Vaccination in the Punjab 1867-1880 - 1867-1880
Year: 1867
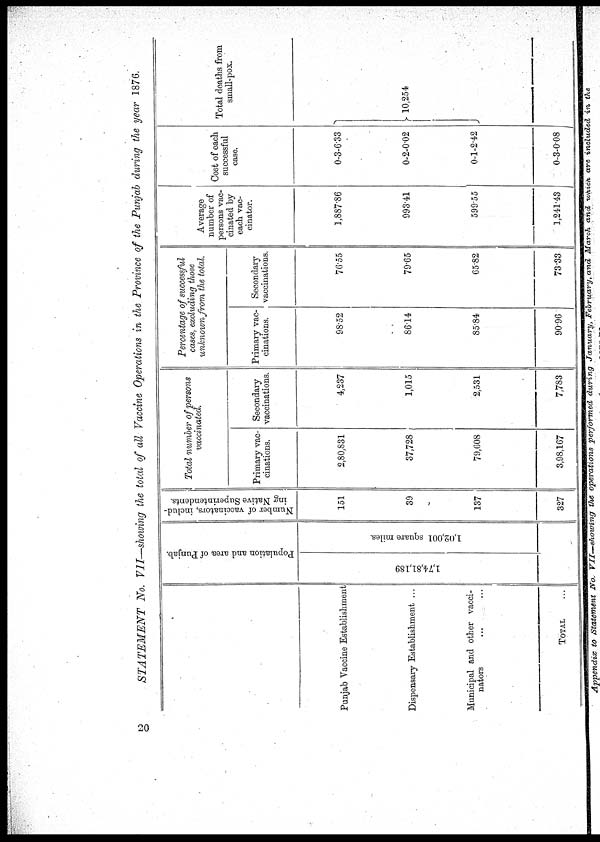
STATEMENT No. VII—showing the total of all Vaccine Operations in the Province of the Punjab during the year 1876.
Punjab Vaccine Establishment
Dispensary Establishment ...
Municipal and other vacci¬
nators ... ...
TOTAL ...
Population and area of Punjab.
1,74,81,189
1,02,001 square miles.
Number of vaccinators, includ-
ing Native Superintendents.
151
39
137
327
Total number of persons
vaccinated.
Primary vac-
cinations.
2,80,831
37,728
79,608
3,98,167
Secondary
vaccinations.
4,237
1,015
2,531
7,783
Percentage of successful
cases, excluding those
unknown from the total.
Primary vac-
cinations.
98.52
86.14
85.84
90.96
Secondary
vaccinations.
76.55
79.65
65.82
73.33
Average
number of
persons vac-
cinated by
each vac¬
cinator.
1,887.86
993.41
599.55
1,241.43
Cost of each
successful
case.
0-3-6.33
0-2-0.02
0-1-2.42
0-3-0.08
Total deaths from
small-pox.
10,254
20